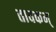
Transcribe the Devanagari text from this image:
तावकम्